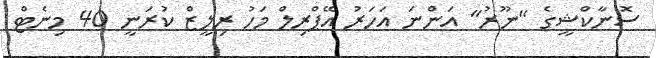
ސޮނާކްޝީގެ "ނޫރު" އަންނަ އަހަރު އޭޕްރިލް މަހު ރިލީޒް ކުރަނީ 40 މިނެޓް